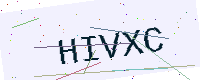
Text: HIVXC